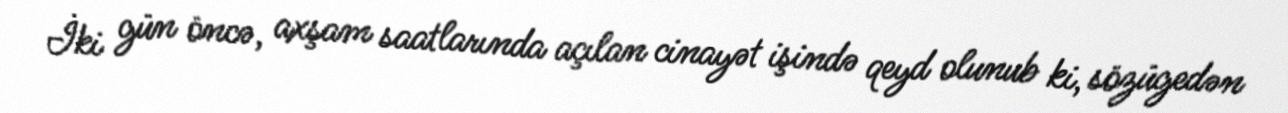
İki gün öncə, axşam saatlarında açılan cinayət işində qeyd olunub ki, sözügedən